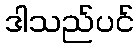
ဒါသည်ပင်